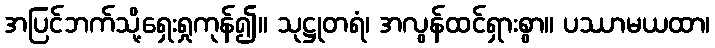
အပြင်ဘက်သို့ရှေးရှုကုန်၍။ သုဋ္ဌုတရံ၊ အလွန်ထင်ရှားစွာ။ ပဿာမယထာ၊